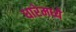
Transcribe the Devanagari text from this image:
धारेमध्ये